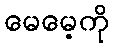
မေမေ့ကို